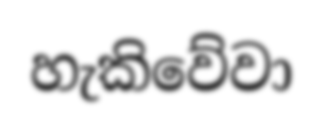
හැකිවේවා